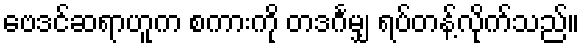
ဗေဒင်ဆရာဟူက စကားကို တဒင်္ဂမျှ ရပ်တန့်လိုက်သည်။